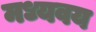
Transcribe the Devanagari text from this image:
मध्यवय